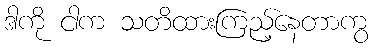
ဒါကို ငါက သတိထားကြည့်နေတာကွ